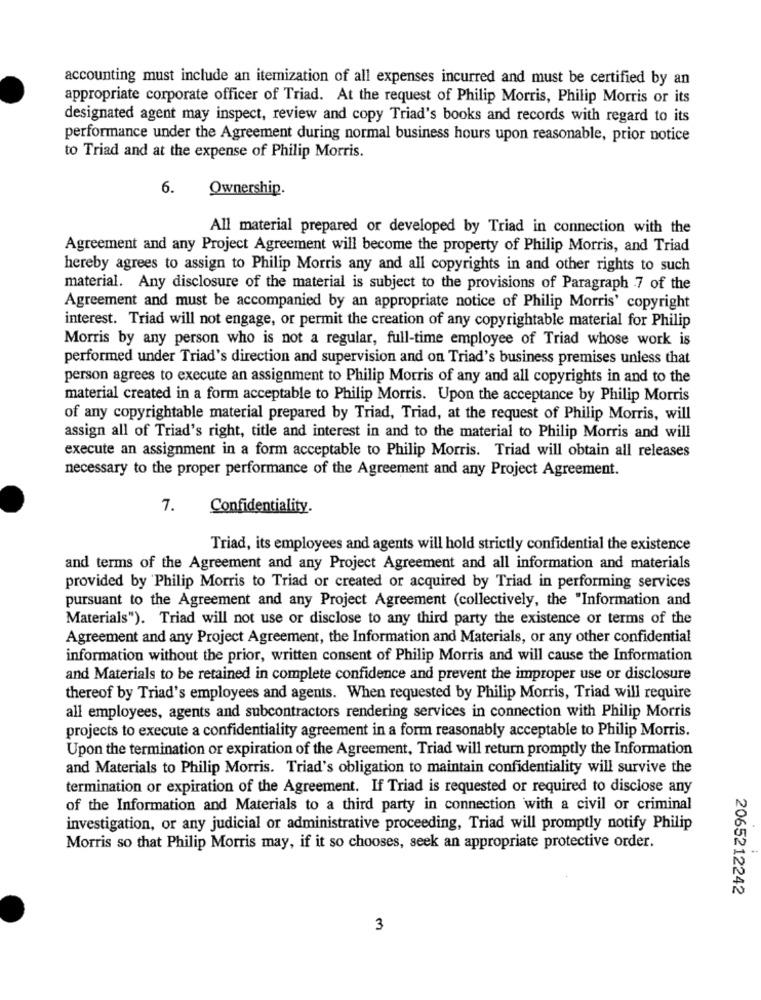
accounting must include an itemization of all expenses incurred and must be certified by an
appropriate corporate officer of Triad. At the request of Philip Morris, Philip Morris or its
designated agent may inspect, review and copy Triad's books and records with regard to its
performance under the Agreement during normal business hours upon reasonable, prior notice
to Triad and at the expense of Philip Morris.
6.
Ownership.
All material prepared or developed by Triad in connection with the
Agreement and any Project Agreement will become the property of Philip Morris, and Triad
hereby agrees to assign to Philip Morris any and all copyrights in and other rights to such
material. Any disclosure of the material is subject to the provisions of Paragraph 7 of the
Agreement and must be accompanied by an appropriate notice of Philip Morris' copyright
interest. Triad will not engage, or permit the creation of any copyrightable material for Philip
Morris by any person who is not a regular, full-time employee of Triad whose work is
performed under Triad's direction and supervision and on Triad's business premises unless that
person agrees to execute an assignment to Philip Morris of any and all copyrights in and to the
material created in a form acceptable to Philip Morris. Upon the acceptance by Philip Morris
of any copyrightable material prepared by Triad, Triad, at the request of Philip Morris, will
assign all of Triad's right, title and interest in and to the material to Philip Morris and will
execute an assignment in a form acceptable to Philip Morris. Triad will obtain all releases
necessary to the proper performance of the Agreement and any Project Agreement.
7.
Confidentiality.
Triad, its employees and agents will hold strictly confidential the existence
and terms of the Agreement and any Project Agreement and all information and materials
provided by Philip Morris to Triad or created or acquired by Triad in performing services
pursuant to the Agreement and any Project Agreement (collectively, the "Information and
Materials"). Triad will not use or disclose to any third party the existence or terms of the
Agreement and any Project Agreement, the Information and Materials, or any other confidential
information without the prior, written consent of Philip Morris and will cause the Information
and Materials to be retained in complete confidence and prevent the improper use or disclosure
thereof by Triad's employees and agents. When requested by Philip Morris, Triad will require
all employees, agents and subcontractors rendering services in connection with Philip Morris
projects to execute a confidentiality agreement in a form reasonably acceptable to Philip Morris.
Upon the termination or expiration of the Agreement, Triad will return promptly the Information
and Materials to Philip Morris. Triad's obligation to maintain confidentiality will survive the
termination or expiration of the Agreement. If Triad is requested or required to disclose any
of the Information and Materials to a third party in connection with a civil or criminal
investigation, or any judicial or administrative proceeding, Triad will promptly notify Philip
Morris so that Philip Morris may, if it so chooses, seek an appropriate protective order.
2065212242
3